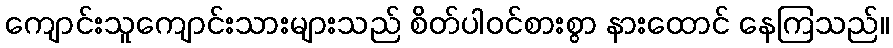
ကျောင်းသူကျောင်းသားများသည် စိတ်ပါဝင်စားစွာ နားထောင် နေကြသည်။